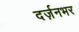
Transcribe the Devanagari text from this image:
दर्ज़नभर